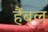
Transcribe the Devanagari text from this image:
हैंबल